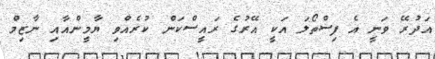
އަދުރޭ ވަނީ އެ ފިސްތޯލަ އަކީ އޭރުގެ ރައީސްކަން ކުރެއްވި ޔާމީންްއާއި ނާޒިމް